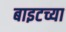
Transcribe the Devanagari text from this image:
बाइटच्या